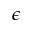
\epsilon